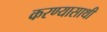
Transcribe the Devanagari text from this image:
करण्यासाथी